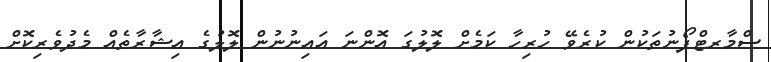
ސްމާރޓްފޯނުތަކުން ކުރެވޭ ހުރިހާ ކަމެށް ލޮލުގަ އޮންނަ އައިނުނުން ލޮލުގެ އިޝާރާތެއް މެދުވެރިކޮށް